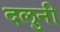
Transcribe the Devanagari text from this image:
दलुनी